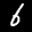
Label: 6